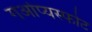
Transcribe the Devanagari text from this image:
गओप्यस्फोट